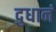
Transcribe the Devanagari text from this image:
दुधानं